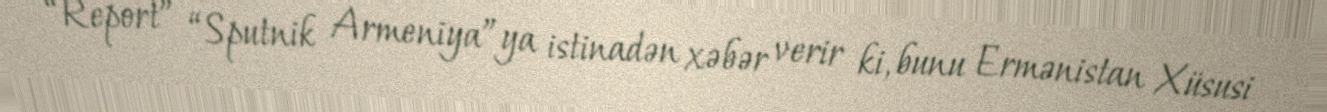
“Report” “Sputnik Armeniya”ya istinadən xəbər verir ki, bunu Ermənistan Xüsusi